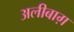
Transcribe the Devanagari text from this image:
अलीबाग़